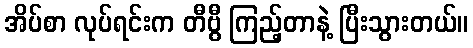
အိပ်စာ လုပ်ရင်းက တီဗွီ ကြည့်တာနဲ့ ပြီးသွားတယ်။